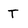
Character: T